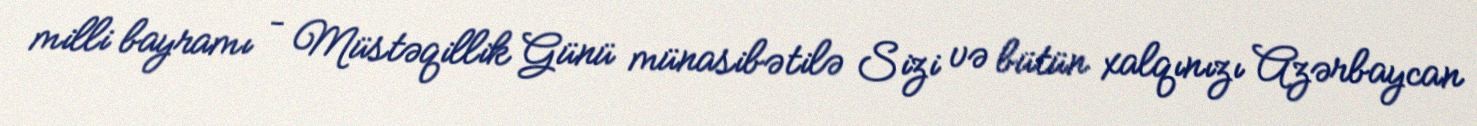
milli bayramı – Müstəqillik Günü münasibətilə Sizi və bütün xalqınızı Azərbaycan